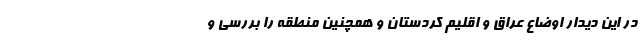
در این دیدار اوضاع عراق و اقلیم کردستان و همچنین منطقه را بررسی و